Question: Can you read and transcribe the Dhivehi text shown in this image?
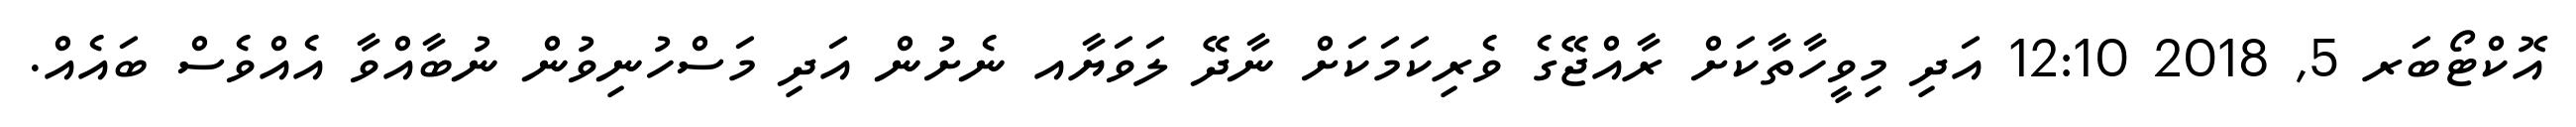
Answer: އޮކްޓޯބަރ 5, 2018 12:10 އަދި މިވީހާތާކަށް ރާއްޖޭގެ ވެރިކަމަކަށް ނާދޭ ލަވަޔާއ ނެށުން އަދި މަސްހުނިވުން ނުބާއްވާ އެއްވެސް ބައެއް.